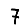
Digit: 7